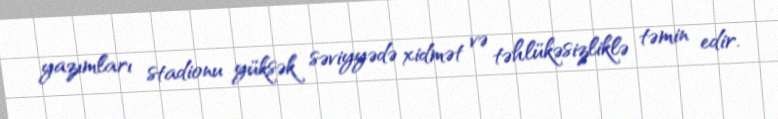
yazımları stadionu yüksək səviyyədə xidmət və təhlükəsizliklə təmin edir.